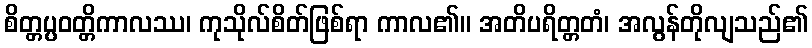
စိတ္တပ္ပဝတ္တိကာလဿ၊ ကုသိုလ်စိတ်ဖြစ်ရာ ကာလ၏။ အတိပရိတ္တတံ၊ အလွန်တိုလျသည်၏